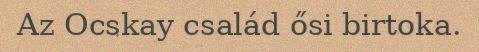
Az Ocskay család ősi birtoka.